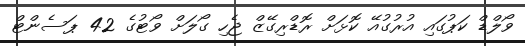
ވޯލްޑް ކަޕުގައި އުރުގުއޭ ކޮޅަށް ރޮޑްރިގޭޒް ޖެހި ގޯލަށް ވޯޓުގެ 42 ޕަސެންޓް